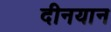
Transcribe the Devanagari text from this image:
दीनयान